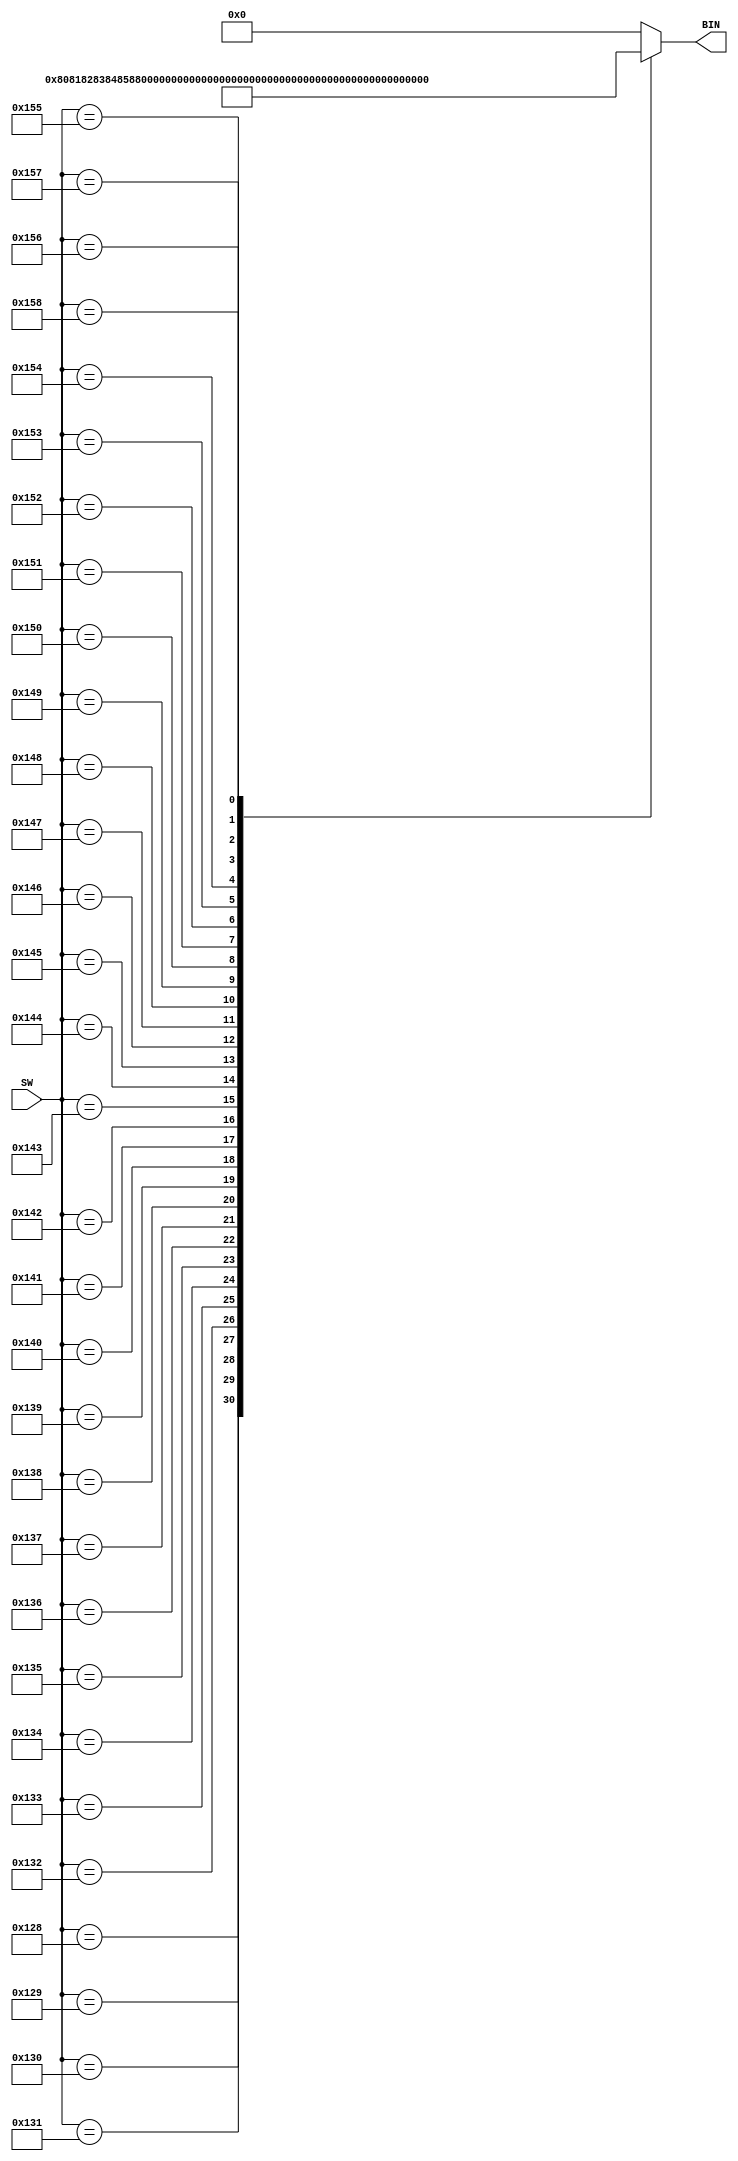
//=================================================================================//
//		File Name: SWLUT
//		Version	: V0.1
//		Date Create: 7/Dec/2012
//================================================================================//
module SWLUT(SW,BIN);
input		[11:0]	SW;
output	[7:0]	BIN;
reg		[7:0]	BIN;

always @(SW)
begin
		case(SW)
		12'h128: BIN = 8'b1000_0000;
		12'h129: BIN = 8'b1000_0001;
		12'h130: BIN = 8'b1000_0010;
		12'h131: BIN = 8'b1000_0011;
		12'h132: BIN = 8'b1000_0100;
		12'h133: BIN = 8'b1000_0101;
		12'h134: BIN = 8'b1000_0110;
		12'h135: BIN = 8'b1000_0111;
		12'h136: BIN = 8'b1000_1000;
		12'h137: BIN = 8'b1000_1001;
		12'h138: BIN = 8'b1000_1010;
		12'h139: BIN = 8'b1000_1011;
		12'h140: BIN = 8'b1000_1100;
		12'h141: BIN = 8'b1000_1101;
		12'h142: BIN = 8'b1000_1110;
		12'h143: BIN = 8'b1000_1111;
		12'h144: BIN = 8'b1001_0000;
		12'h145: BIN = 8'b1001_0001;
		12'h146: BIN = 8'b1001_0010;
		12'h147: BIN = 8'b1001_0011;
		12'h148: BIN = 8'b1001_0100;
		12'h149: BIN = 8'b1001_0101;
		12'h150: BIN = 8'b1001_0110;
		12'h151: BIN = 8'b1001_0111;
		12'h152: BIN = 8'b1001_1000;
		12'h153: BIN = 8'b1001_1001;
		12'h154: BIN = 8'b1001_1010;
		12'h155: BIN = 8'b1001_1011;
		12'h156: BIN = 8'b1001_1100;
		12'h157: BIN = 8'b1001_1101;
		12'h158: BIN = 8'b1001_1110;
		default: BIN = 8'b0000_0000;
		endcase
end

endmodule